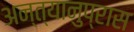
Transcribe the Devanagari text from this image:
अन्त्यानुप्रास